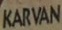
KARWAN